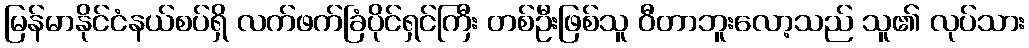
မြန်မာနိုင်ငံနယ်စပ်ရှိ လက်ဖက်ခြံပိုင်ရှင်ကြီး တစ်ဦးဖြစ်သူ ဝီတာဘူးလော့သည် သူ၏ လုပ်သား